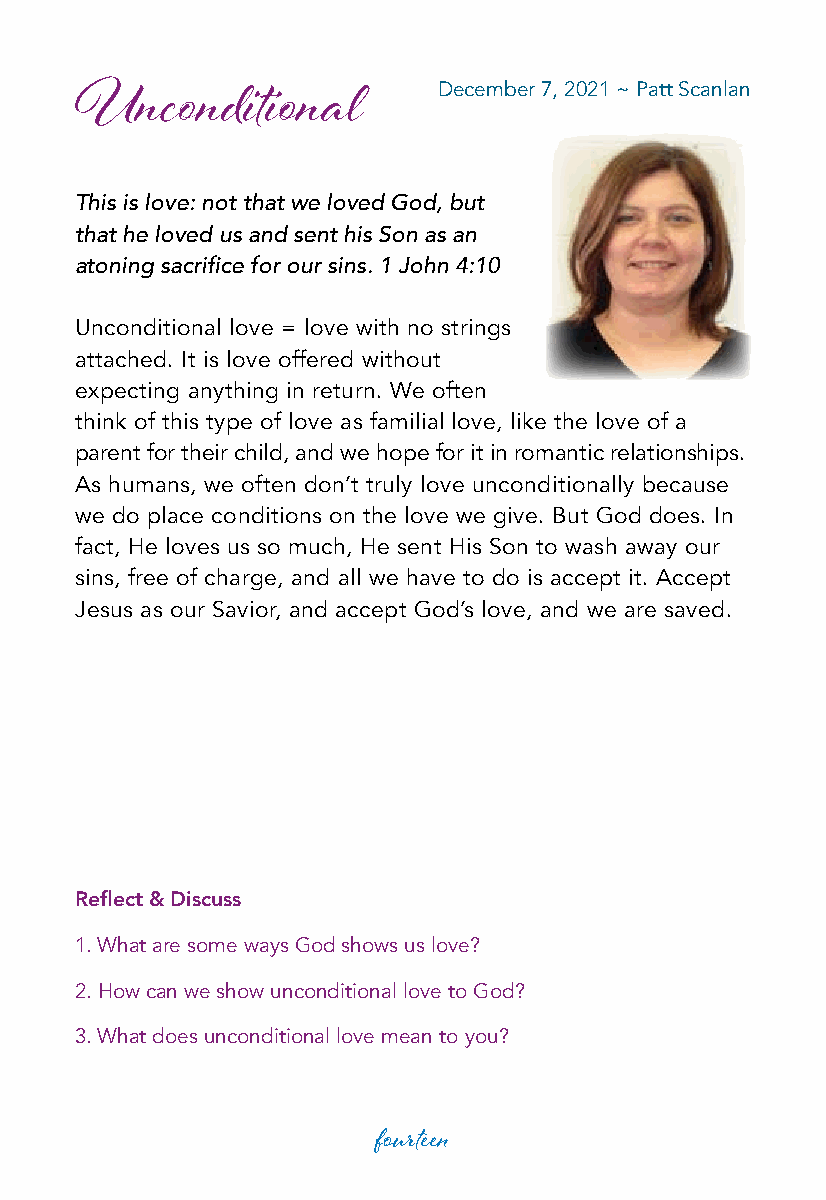
December 7, 2021 ~ Patt Scanlan
 Unconditional
 This is love: not that we loved God, but
 that he loved us and sent his Son as an
 atoning sacrifice for our sins. 1 John 4:10
 Unconditional love = love with no strings
 attached. It is love offered without
 expecting anything in return. We often
 think of this type of love as familial love, like the love of a
 parent for their child, and we hope for it in romantic relationships.
 As humans, we often don’t truly love unconditionally because
 we do place conditions on the love we give. But God does. In
 fact, He loves us so much, He sent His Son to wash away our
 sins, free of charge, and all we have to do is accept it. Accept
 Jesus as our Savior, and accept God’s love, and we are saved.
 Reflect & Discuss
 1. What are some ways God shows us love?
 2. How can we show unconditional love to God?
 3. What does unconditional love mean to you?
 fourteen